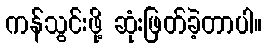
ကန်သွင်းဖို့ ဆုံးဖြတ်ခဲ့တာပါ။